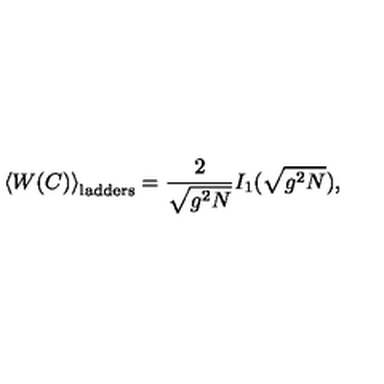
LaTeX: \left< W ( C ) \right> _ { \mathrm { l a d d e r s } } = \frac { 2 } { \sqrt { g ^ { 2 } N } } I _ { 1 } ( \sqrt { g ^ { 2 } N } ) ,